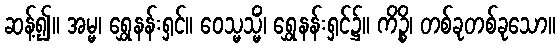
ဆန့်၍။ အမ္မ၊ ရွှေနန်းရှင်။ ဝေသ္မသ္မိံ၊ ရွှေနန်းရှင်၌။ ကိဉ္စိ၊ တစ်ခုတစ်ခုသော။